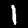
Label: 1